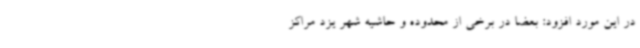
در این مورد افزود: بعضاً در برخی از محدوده و حاشیه شهر یزد مراکز